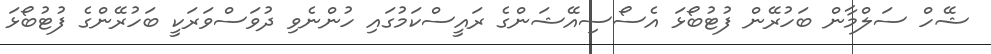
ޝޭހް ސަލްމާން ބަހުރޭން ފުޓުބޯޅަ އެސޯސިއޭޝަންގެ ރައީސްކަމުގައި ހުންނެވި ދުވަސްވަރަކީ ބަހުރޭންގެ ފުޓުބޯޅަ